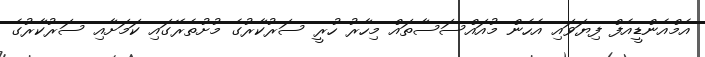
އެމްއެންޑީއެފް ފިޔަވައި އެހެން މުއައްސަސާތައް މިހާރު ހުރީ ސަރުކާރުގެ މުށުތެރޭގަައި ކަމަށާއި ސަރުކާރުގެ